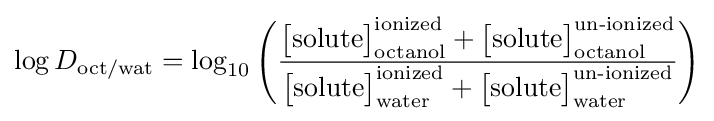
\log D_{\text{oct/wat}}=\log _{10}\left({\frac {{\big [}{\text{solute}}{\big ]}_{\text{octanol}}^{\text{ionized}}+{\big [}{\text{solute}}{\big ]}_{\text{octanol}}^{\text{un-ionized}}}{{\big [}{\text{solute}}{\big ]}_{\text{water}}^{\text{ionized}}+{\big [}{\text{solute}}{\big ]}_{\text{water}}^{\text{un-ionized}}}}\right)